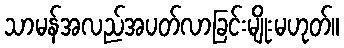
သာမန်အလည်အပတ်လာခြင်းမျိုးမဟုတ်။